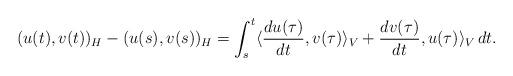
LaTeX: \begin{align*}(u(t),v(t))_H - (u(s),v(s))_H = \int_s^t \langle \frac{du(\tau)}{dt},v(\tau) \rangle_V + \frac{dv(\tau)}{dt},u(\tau) \rangle_V \, dt.\end{align*}